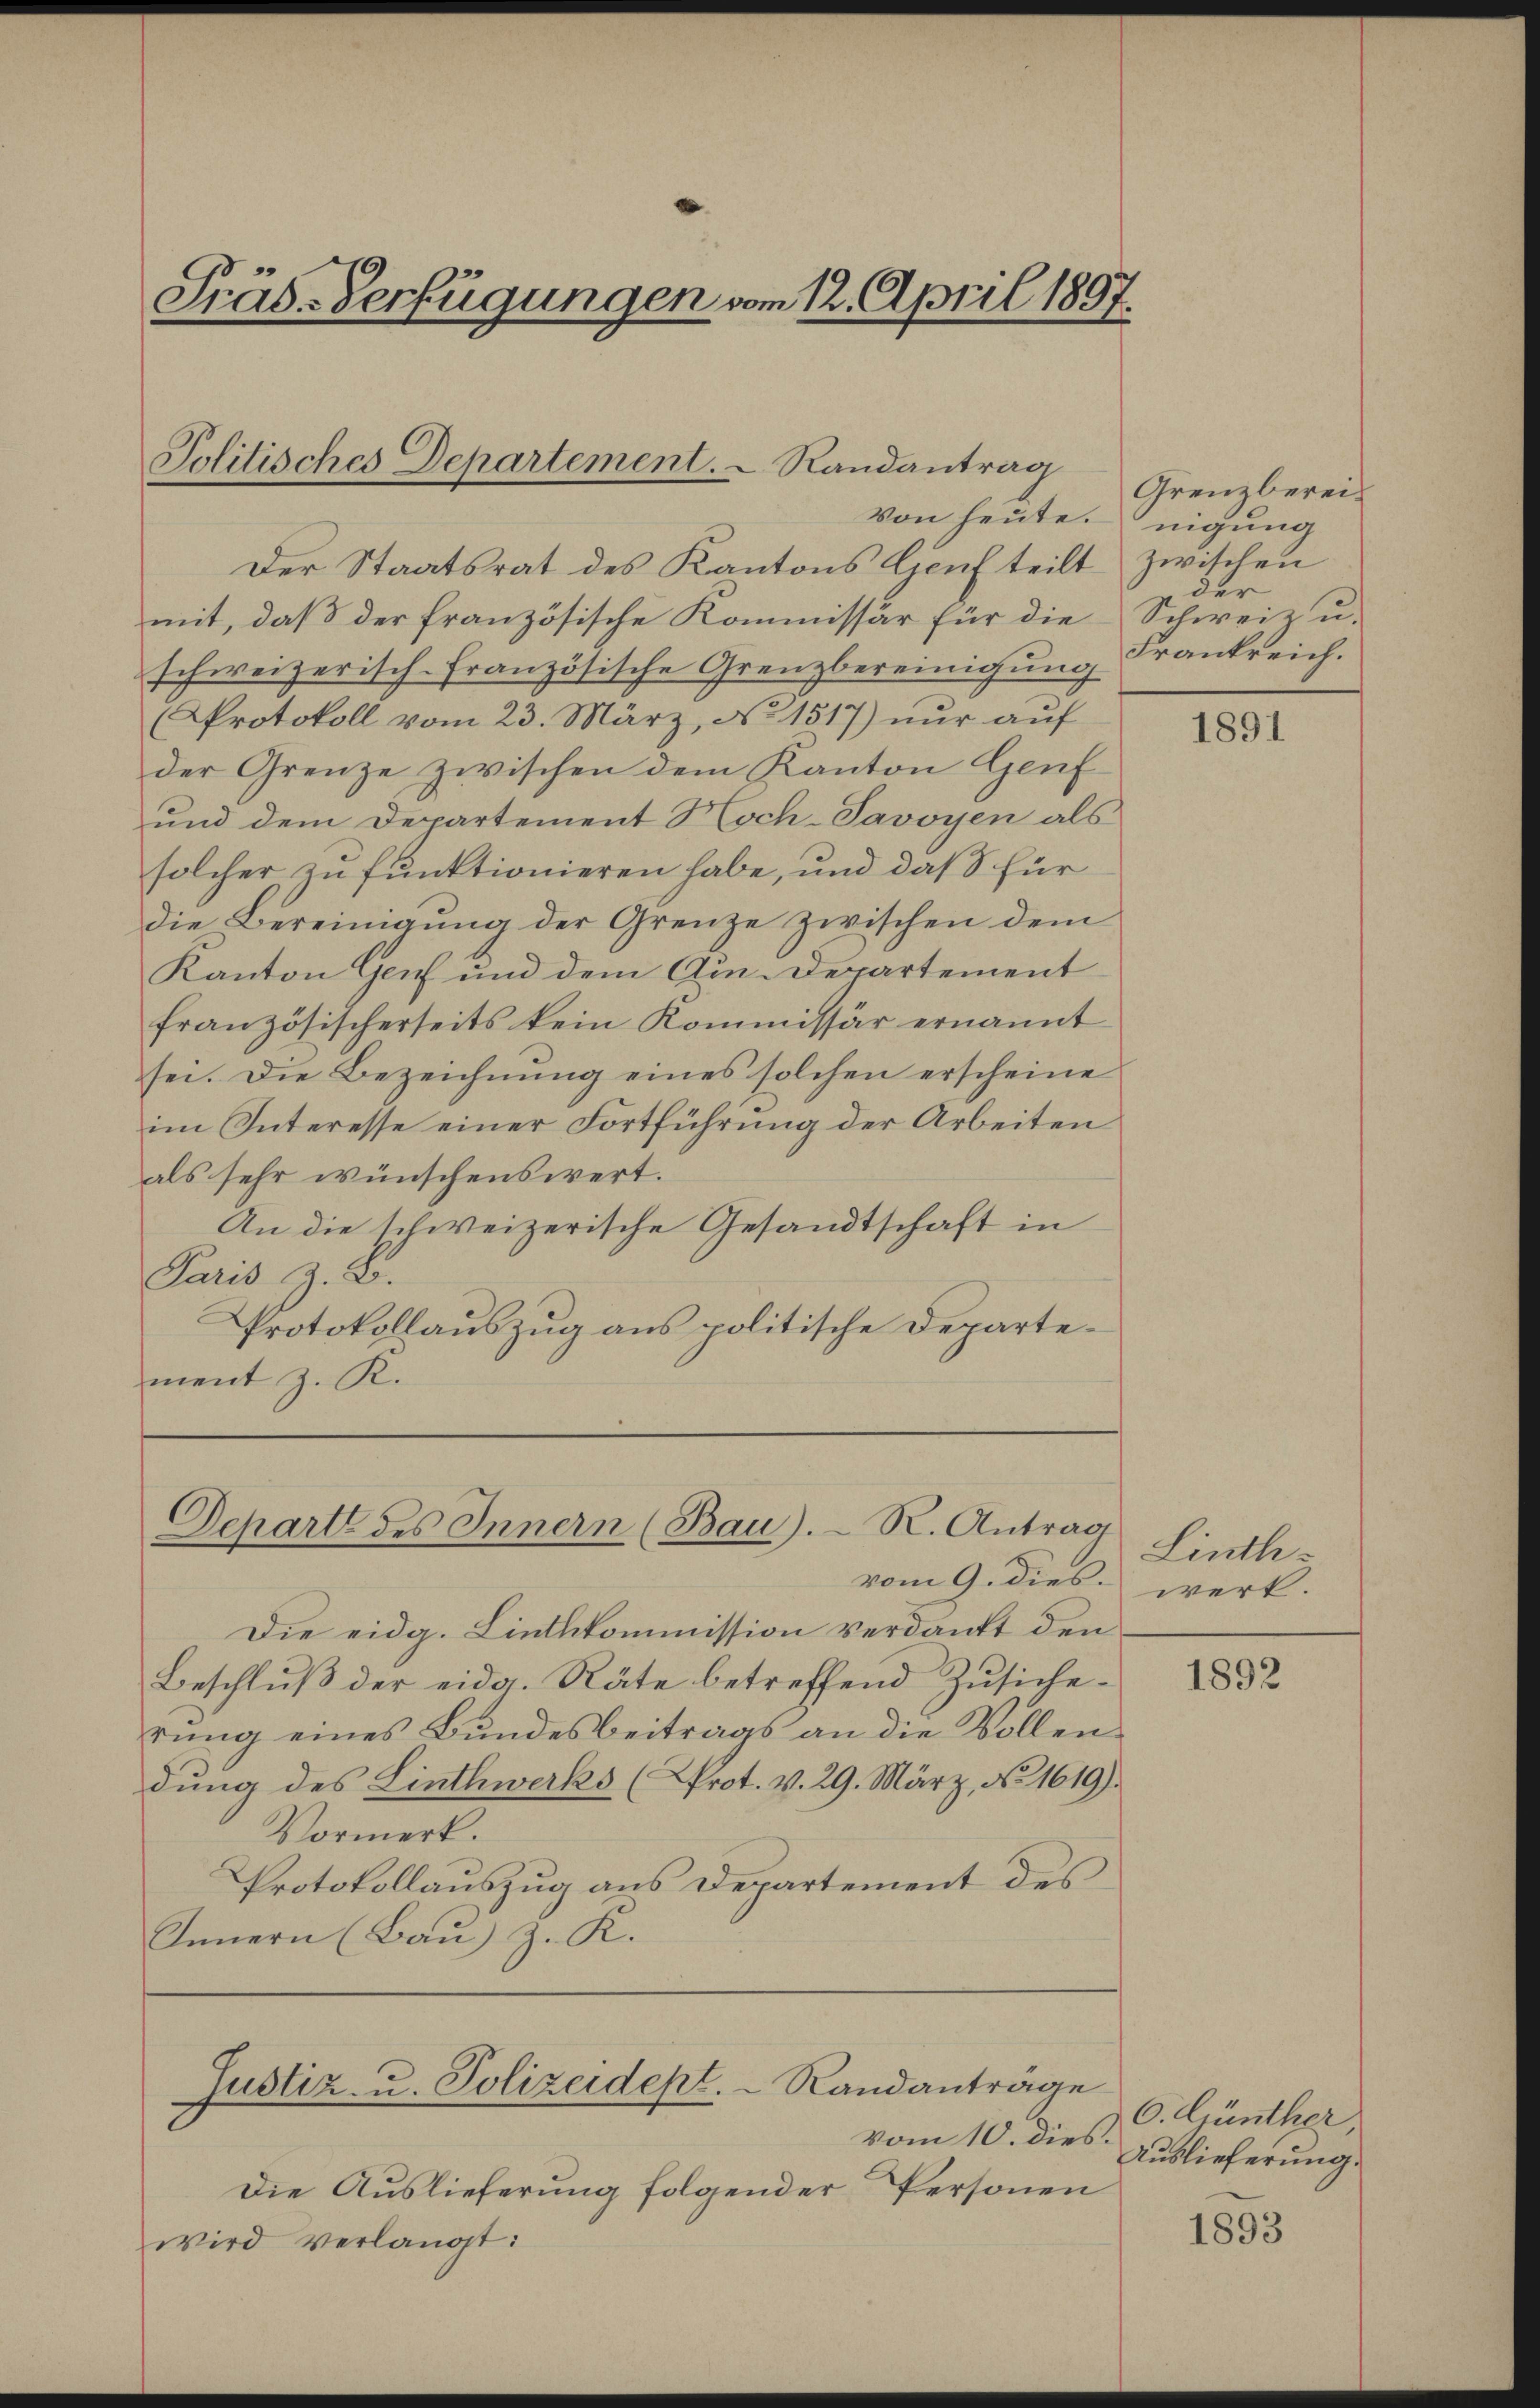
Präs.-Verfügungen vom 12. April 1897.

Jolitisches Departement.   Randantrag

Von heute nigung
Der Staatsrat des Kantons Genf teilt zwischen
mit, daß der französische Kommissär für die Schweiz u.
schweizerisch-französische Grenzbereinigung Frankreich.
Protokoll vom 23. März, No. 1517) nur auf
der Grenze zwischen dem Kanton Genf
und dem Departement Hoch-Javoyen als
solcher zu funktionieren habe, und das für
die Bereinigung der Grenze zwischen dem
Kanton Genf und dem Am. Departement
französischerseits kein Kommissär ernannt
sei. Die Bezeichnung eines solchen erscheine
im Interesse einer Fortführung der Arbeiten
als sehr wünschenswert.
An die schweizerische Gesandtschaft in
Paris z. B.
Protokollauszug aus politische Departement z. R.

Depart des Innern (Bau). R. Antrag

vom 9. dies werk.
Die eidg. Linthkommission verdankt den
Beschlŭβ der eidg. Räte betreffend Zŭsiche-
rung eines Bundesbeitrags an die Vollendung des Linthwerks (Prot. v. 29. März, No 1619).
Vormerk.
Protokollauszug aus Departement des
Innern (Bau) z. K.

Justiz- u. Polizeidept. Randanträge
vom 10. dies.

Grenzberei.
der

Die Auslieferung folgender Personen
wird verlangt:

1891

Linth¬

1892

O. Günther,
Auslieferung.

1893